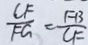
\frac { C F } { F G } = \frac { F B } { C F }